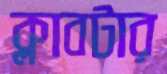
ক্লাবটার